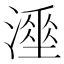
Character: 𰝇